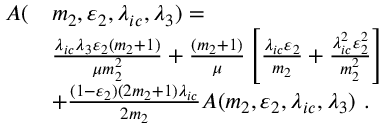
\begin{array} { r l } { A ( } & { m _ { 2 } , \varepsilon _ { 2 } , \lambda _ { i c } , \lambda _ { 3 } ) = } \\ & { \frac { \lambda _ { i c } \lambda _ { 3 } \varepsilon _ { 2 } ( m _ { 2 } + 1 ) } { \mu m _ { 2 } ^ { 2 } } + \frac { ( m _ { 2 } + 1 ) } { \mu } \left[ \frac { \lambda _ { i c } \varepsilon _ { 2 } } { m _ { 2 } } + \frac { \lambda _ { i c } ^ { 2 } \varepsilon _ { 2 } ^ { 2 } } { m _ { 2 } ^ { 2 } } \right] } \\ & { + \frac { ( 1 - \varepsilon _ { 2 } ) ( 2 m _ { 2 } + 1 ) \lambda _ { i c } } { 2 m _ { 2 } } A ( m _ { 2 } , \varepsilon _ { 2 } , \lambda _ { i c } , \lambda _ { 3 } ) ~ . } \end{array}